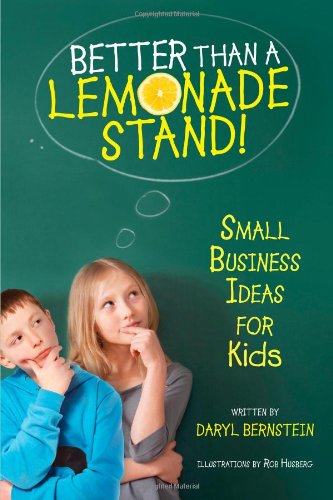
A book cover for Better Than a Lemonade Stand!: Small Business Ideas for Kids; Daryl Bernstein; Children's Books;